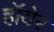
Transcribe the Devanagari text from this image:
हॉयेर